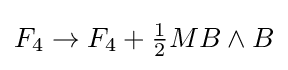
F_{4}\rightarrow F_{4}+{\tfrac {1}{2}}MB\wedge B